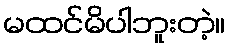
မထင်မိပါဘူးတဲ့။